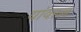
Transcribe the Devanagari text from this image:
यांवरुन